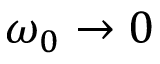
\omega _ { 0 } \to 0